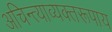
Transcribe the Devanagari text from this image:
अचिन्त्याव्यक्तरूपाय